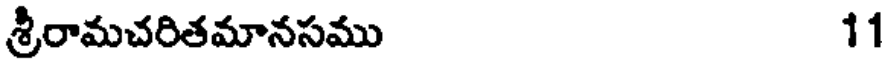
శ్రీరామచరితమానసము 11